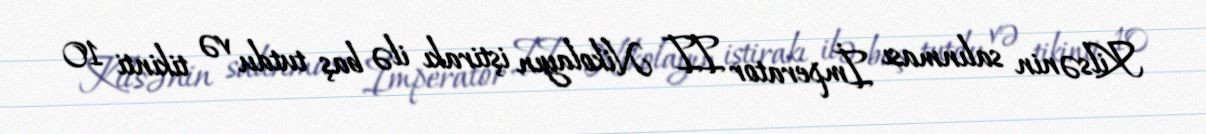
Kilsənin salınması İmperator II Nikolayın iştirakı ilə baş tutdu və tikinti 10